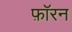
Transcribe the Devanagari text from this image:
फ़ॉरन